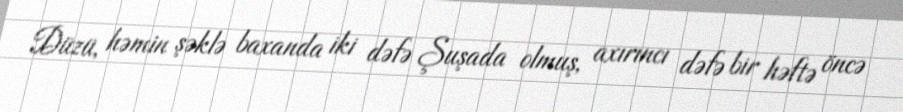
Düzü, həmin şəklə baxanda iki dəfə Şuşada olmuş, axırıncı dəfə bir həftə öncə